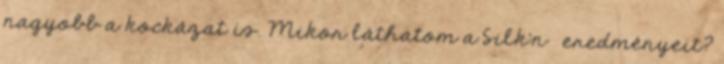
nagyobb a kockázat is. Mikor láthatom a Silk’n ™eredményeit?